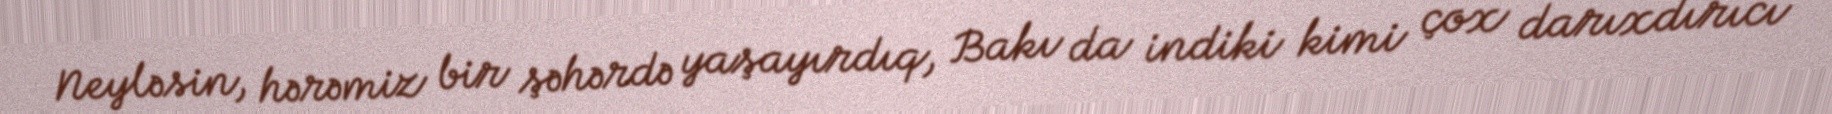
Neyləsin, hərəmiz bir şəhərdə yaşayırdıq, Bakı da indiki kimi çox darıxdırıcı